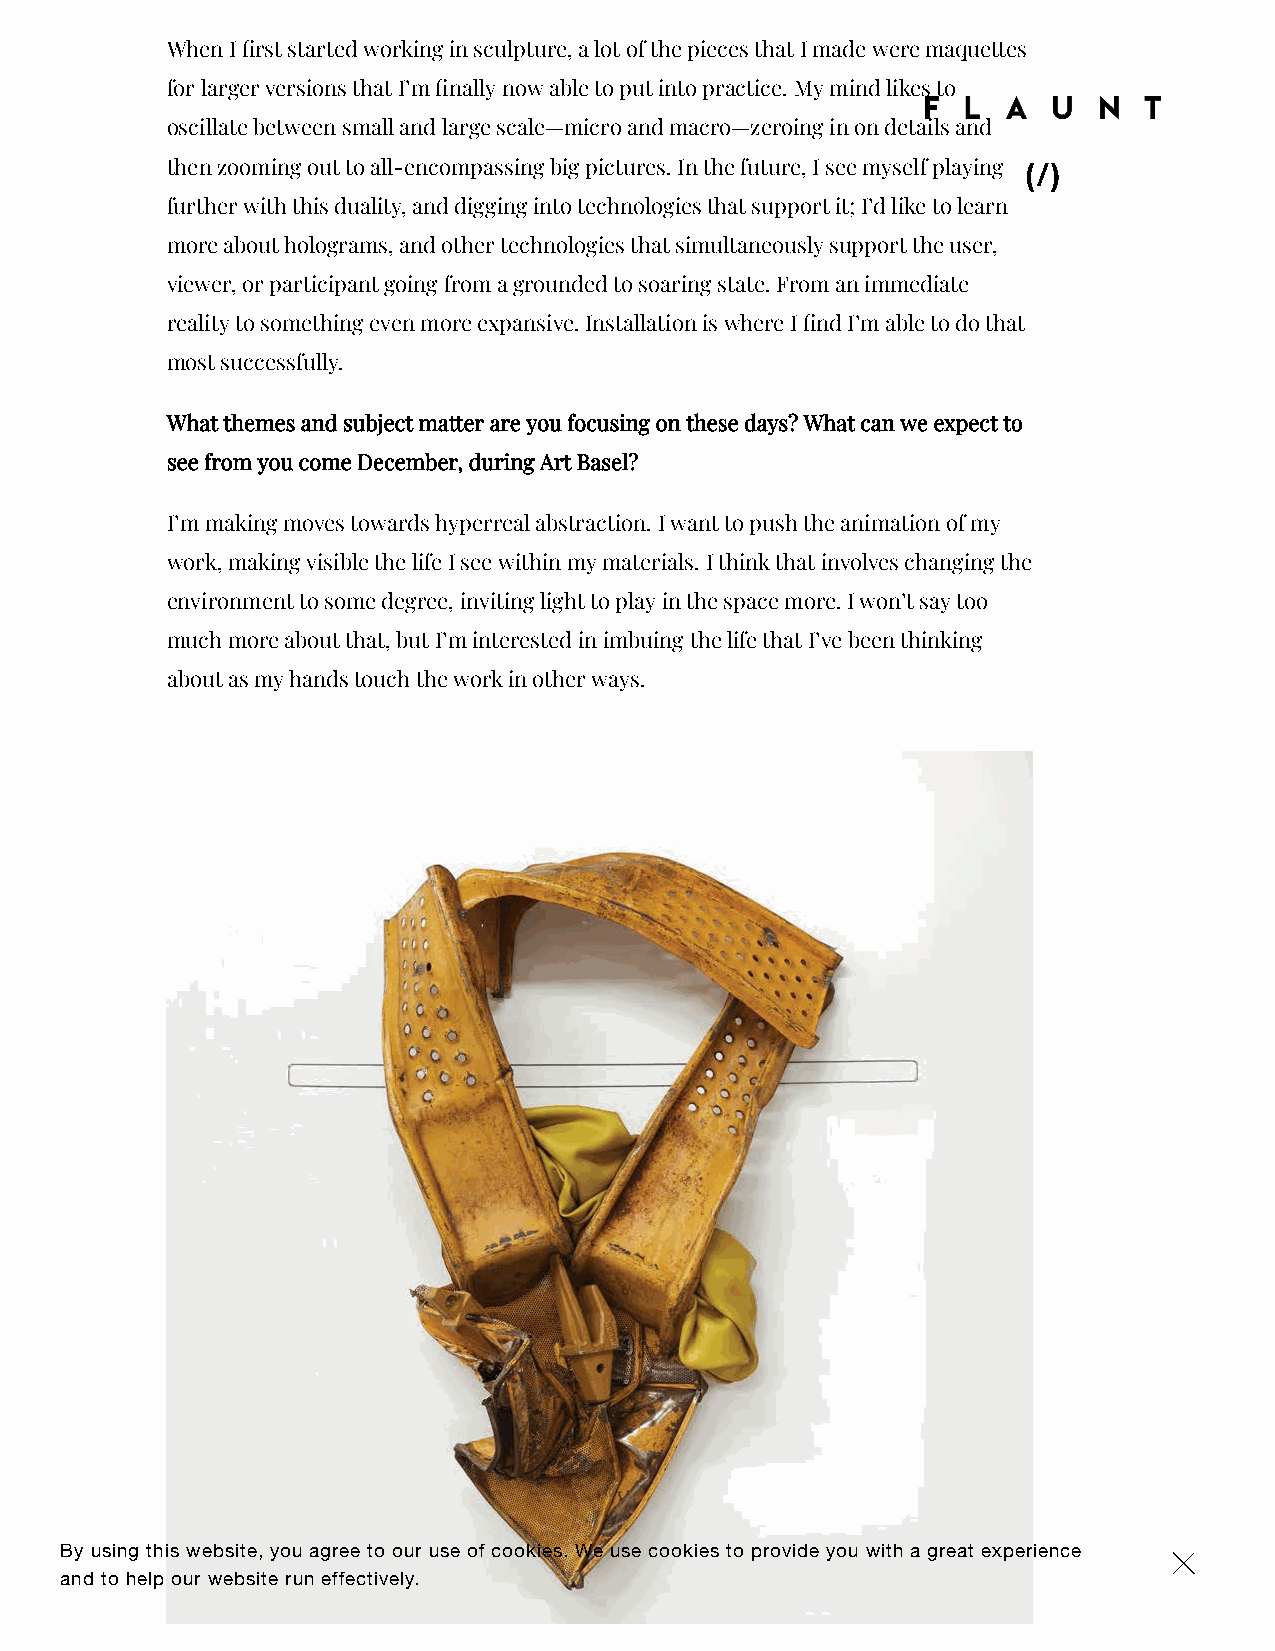
When I rst started working in sculpture, a lot of the pieces that I made were maquettes
 for larger versions that I’m nally now able to put into practice. My mind likes to
 oscillate between small and large scale—micro and macro—zeroing in on details and
 then zooming out to all-encompassing big pictures. In the future, I see myself playing
 (/)
 further with this duality, and digging into technologies that support it; I’d like to learn
 more about holograms, and other technologies that simultaneously support the user,
 viewer, or participant going from a grounded to soaring state. From an immediate
 reality to something even more expansive. Installation is where I nd I’m able to do that
 most successfully.
 What themes and subject matter are you focusing on these days? What can we expect to
 see from you come December, during Art Basel?
 I’m making moves towards hyperreal abstraction. I want to push the animation of my
 work, making visible the life I see within my materials. I think that involves changing the
 environment to some degree, inviting light to play in the space more. I won’t say too
 much more about that, but I’m interested in imbuing the life that I’ve been thinking
 about as my hands touch the work in other ways.
 By using this website, you agree to our use of cookies. We use cookies to provide you with a great experience ×
 and to help our website run effectively.